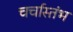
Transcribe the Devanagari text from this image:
चर्चास्तंभ